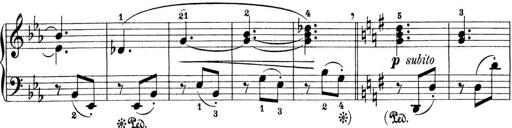
Title: Preis-Sonatine
Composer: Ernst James Bremner